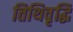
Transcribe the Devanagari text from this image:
तिथिवृद्धि